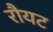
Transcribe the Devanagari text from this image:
रौयट